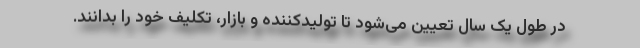
در طول یک سال تعیین می‌شود تا تولیدکننده و بازار، تکلیف خود را بدانند.